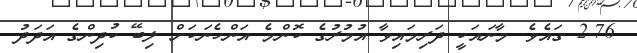
2.76 ގައެވެ. މާނައަކީ ދަރިމައިވާ އުމުރުގެ ކޮންމެ އަންހެނަކަށް ލިބޭ ކުދިންގެ އަދަދު